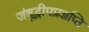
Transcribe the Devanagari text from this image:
जंबूद्वीपप्रज्ञप्ति